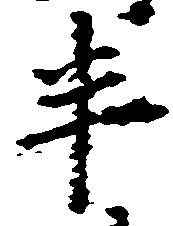
半